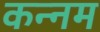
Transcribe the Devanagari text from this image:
कन्नम